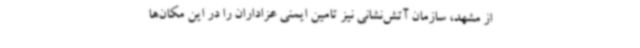
از مشهد، سازمان آتش‌نشانی نیز تامین ایمنی عزاداران را در این مکان‌ها